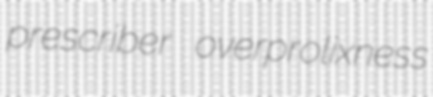
prescriber overprolixness